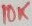
Text: 10K